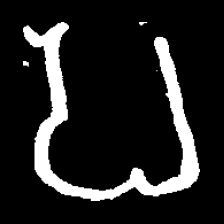
Pyu character \u2014 Myanmar letter: ပ (romanized: pa)